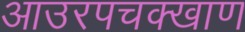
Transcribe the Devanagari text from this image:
आउरपचक्खाण